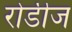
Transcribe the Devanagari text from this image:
रोडीज